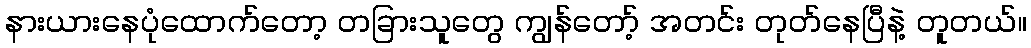
နားယားနေပုံထောက်တော့ တခြားသူတွေ ကျွန်တော့် အတင်း တုတ်နေပြီနဲ့ တူတယ်။